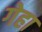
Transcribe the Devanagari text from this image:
गेहा